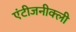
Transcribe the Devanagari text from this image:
एंटीजनीक्ली